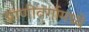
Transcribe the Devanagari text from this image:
प्राणीवर्गामध्ये